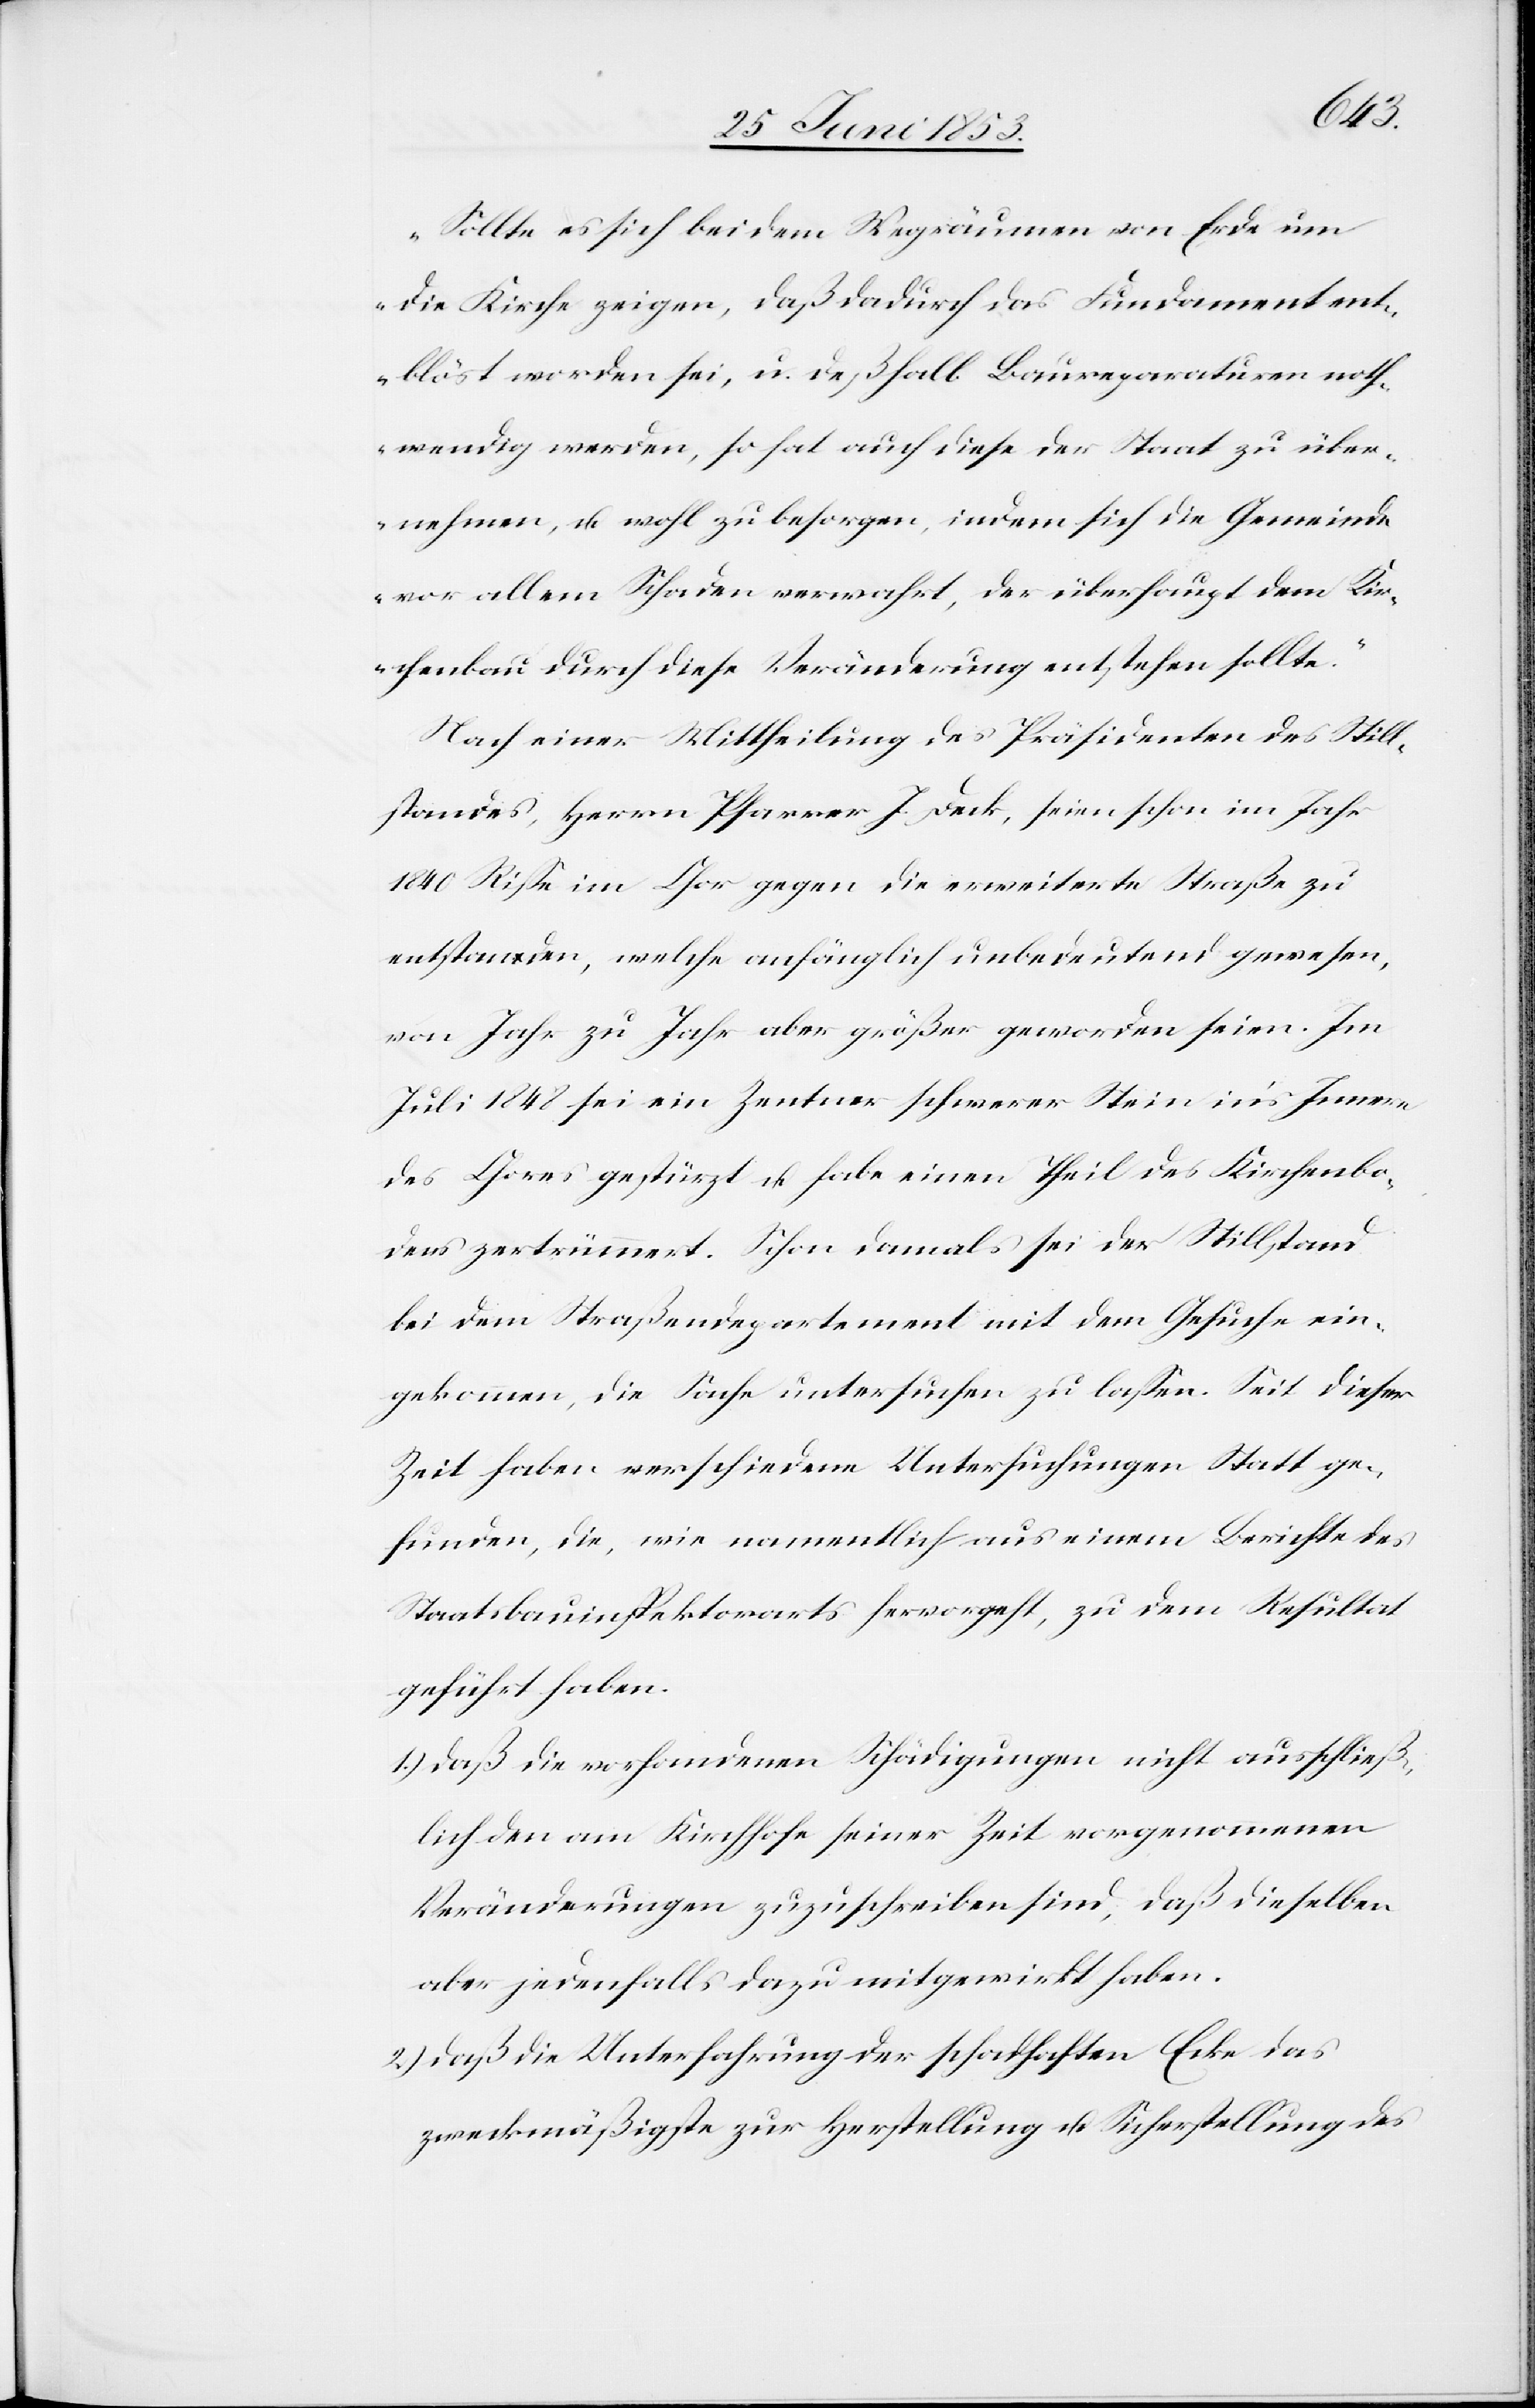
„Sollte es sich bei dem Wegräumen von Erde um
die Kirche zeigen, daß dadurch das Fundament ent¬
blöst worden sei, u. deßhalb Baureparaturen noth¬
wendig werden, so hat auch diese der Staat zu über¬
nehmen, u. wohl zu besorgen, indem sich die Gemeinde
vor allem Schaden verwahrt, der überhaupt dem Kir¬
chenbau durch diese Veränderung entstehen sollte.“
Nach einer Mittheilung des Präsidenten des Still¬
standes, Herrn Pfarrer J. Deck, seien schon im Jahr
1840 Riße im Chor gegen die erweiterte Straße zu
entstanden, welche anfänglich unbedeutend gewesen,
von Jahr zu Jahr aber größer geworden seien. Im
Juli 1848 sei ein Zentner schwerer Stein in’s Innere
des Chores gestürzt u. habe einen Theil des Kirchenbo¬
dens zertrümmert. Schon damals sei der Stillstand
bei dem Straßendepartement mit dem Gesuche ein¬
gekommen, die Sache untersuchen zu laßen. Seit dieser
Zeit haben verschiedene Untersuchungen Statt ge¬
funden, die, wie namentlich aus einem Berichte des
Staatsbauinspektors hervorgeht, zu dem Resultat
geführt haben.
1.) daß die vorhandenen Schädigungen nicht ausschließ¬
lich den am Kirchhofe seiner Zeit vorgenommenen
Veränderungen zuzuschreiben sind, daß dieselben
aber jedenfalls dazu mitgewirkt haben.
2.) daß die Unterfahrung der schadhaften Erde das
zweckmäßigste zur Herstellung u. Sicherstellung des